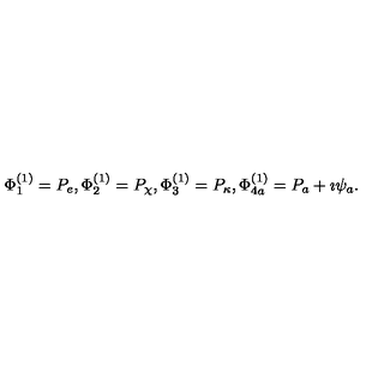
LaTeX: \Phi _ { 1 } ^ { ( 1 ) } = P _ { e } , \Phi _ { 2 } ^ { ( 1 ) } = P _ { \chi } , \Phi _ { 3 } ^ { ( 1 ) } = P _ { \kappa } , \Phi _ { 4 a } ^ { ( 1 ) } = P _ { a } + \imath \psi _ { a } .